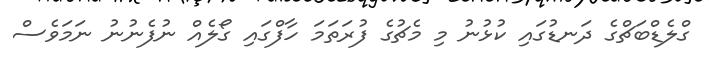
ގްލެޑްބަޗްގެ ދަނޑުގައި ކުޅުނު މި މެޗުގެ ފުރަތަމަ ހާފްގައި ގޯލެއް ނުފެނުނު ނަމަވެސް